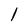
Character: l